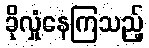
ခိုလှုံနေကြသည့်